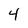
Character: 4